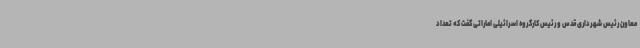
معاون رئیس شهرداری قدس و رئیس کارگروه اسرائیلی اماراتی گفت که تعداد